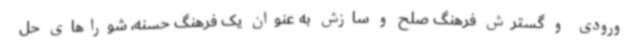
ورودی و گسترش فرهنگ صلح و سازش به عنوان یک فرهنگ حسنه، شوراهای حل